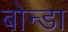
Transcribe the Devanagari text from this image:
बोन्डा